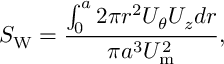
S _ { \mathrm { { W } } } = \frac { \int _ { 0 } ^ { a } 2 \pi r ^ { 2 } U _ { \theta } U _ { z } d r } { \pi a ^ { 3 } U _ { \mathrm { { m } } } ^ { 2 } } ,